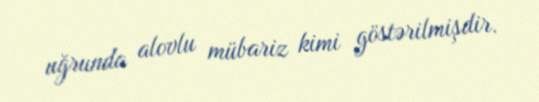
uğrunda alovlu mübariz kimi göstərilmişdir.